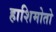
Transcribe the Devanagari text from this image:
हाशिमोतो